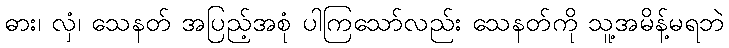
ဓား၊ လှံ၊ သေနတ် အပြည့်အစုံ ပါကြသော်လည်း သေနတ်ကို သူ့အမိန့်မရဘဲ